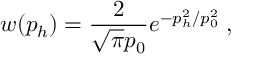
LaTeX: w ( p _ { h } ) = \frac { 2 } { \sqrt { \pi } p _ { 0 } } e ^ { - p _ { h } ^ { 2 } / p _ { 0 } ^ { 2 } } \; ,